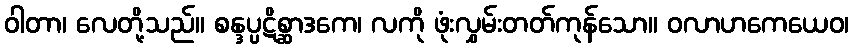
ဝါတာ၊ လေတို့သည်။ စန္ဒပ္ပဋိစ္ဆာဒကေ၊ လကို ဖုံးလွှမ်းတတ်ကုန်သော။ ဝလာဟကေယေဝ၊